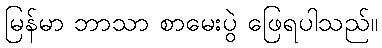
မြန်မာ ဘာသာ စာမေးပွဲ ဖြေရပါသည်။